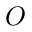
O